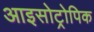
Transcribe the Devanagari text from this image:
आइसोट्रोपिक